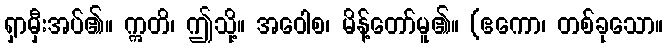
ရှာမှီးအပ်၏။ ဣတိ၊ ဤသို့။ အဝေါစ၊ မိန့်တော်မူ၏။ (ဧကော၊ တစ်ခုသော။